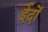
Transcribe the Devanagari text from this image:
ईदों